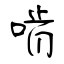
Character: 啃